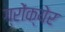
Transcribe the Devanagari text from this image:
ग्रोंक्येर